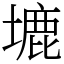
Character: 塶